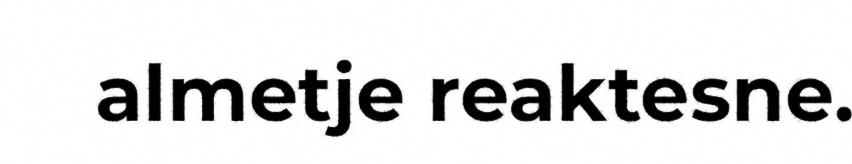
almetje reaktesne.